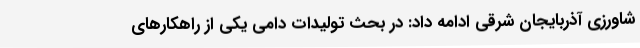
شاورزی آذربایجان شرقی ادامه داد: در بحث تولیدات دامی یکی از راهکارهای